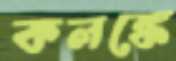
কলঙ্কে